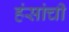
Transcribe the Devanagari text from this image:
हंसांची